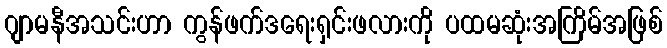
ဂျာမနီအသင်းဟာ ကွန်ဖက်ဒရေးရှင်းဖလားကို ပထမဆုံးအကြိမ်အဖြစ်